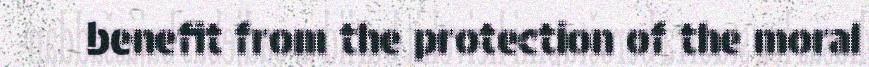
benefit from the protection of the moral